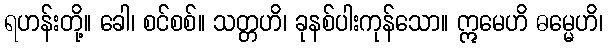
ရဟန်းတို့။ ခေါ၊ စင်စစ်။ သတ္တဟိ၊ ခုနစ်ပါးကုန်သော။ ဣမေဟိ ဓမ္မေဟိ၊